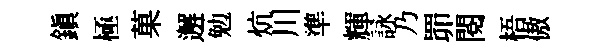
鎮極菓邂勉炕川準輝詠乃𦊑閲梧傲